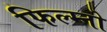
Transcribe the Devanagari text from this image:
फिल्म्नो